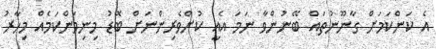
އެ ކަންކަމަށް ގާނޫނުތައް ބޭނުންވާ ނަމަ އެއީ ކުށްވެރިންނަށް ބޮޑު މިނިވަންކަމެއް މިހާރު